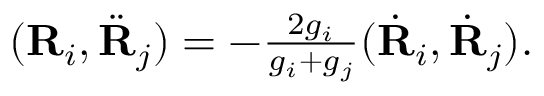
\begin{array} { r } { ( { \bf R } _ { i } , \ddot { \bf R } _ { j } ) = - \frac { 2 g _ { i } } { g _ { i } + g _ { j } } ( \dot { \bf R } _ { i } , \dot { \bf R } _ { j } ) . } \end{array}